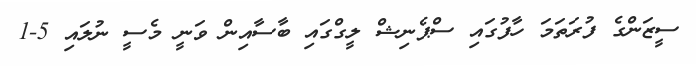
ސީޒަންގެ ފުރަތަމަ ހާފުގައި ސްޕެނިޝް ލީގްގައި ބާސާއިން ވަނީ މެސީ ނުލައި 5-1